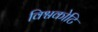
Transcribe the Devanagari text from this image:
विश्वकोटि